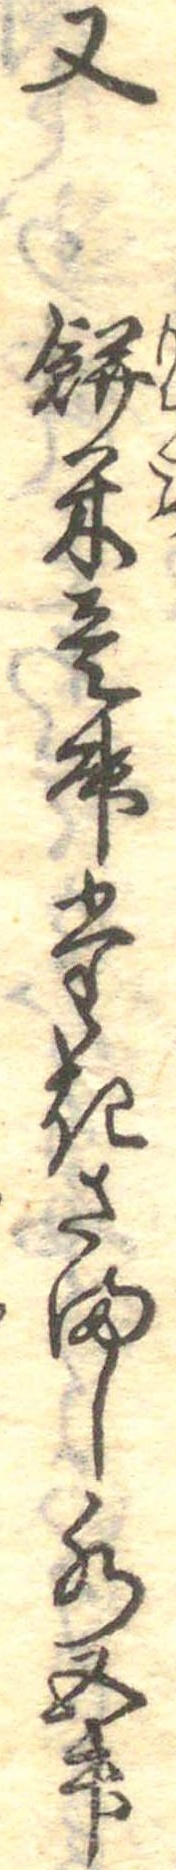
又餅米壱升たきさまし水五升